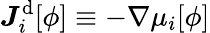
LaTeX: \boldsymbol{J}_{i}^{\mathrm{d}}[\phi]\equiv-\nabla{\mu_{i}}[\phi]